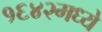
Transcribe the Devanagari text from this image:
१६४२मध्ये